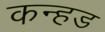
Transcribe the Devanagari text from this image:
कन्हड